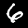
Digit: 6